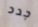
جدد